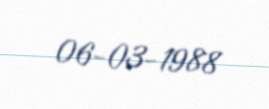
06-03-1988